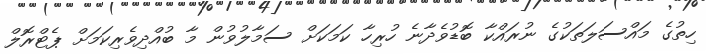
ހިތުގެ މައްސަލަތަކުގެ ނުރައްކާ ބޮޑުވެދާނެ ހުރިހާ ކަމަކަށް ސަމާލުވުން މާ ބުއްދިވެރިކަމަށް ޕެޓްރޮލް